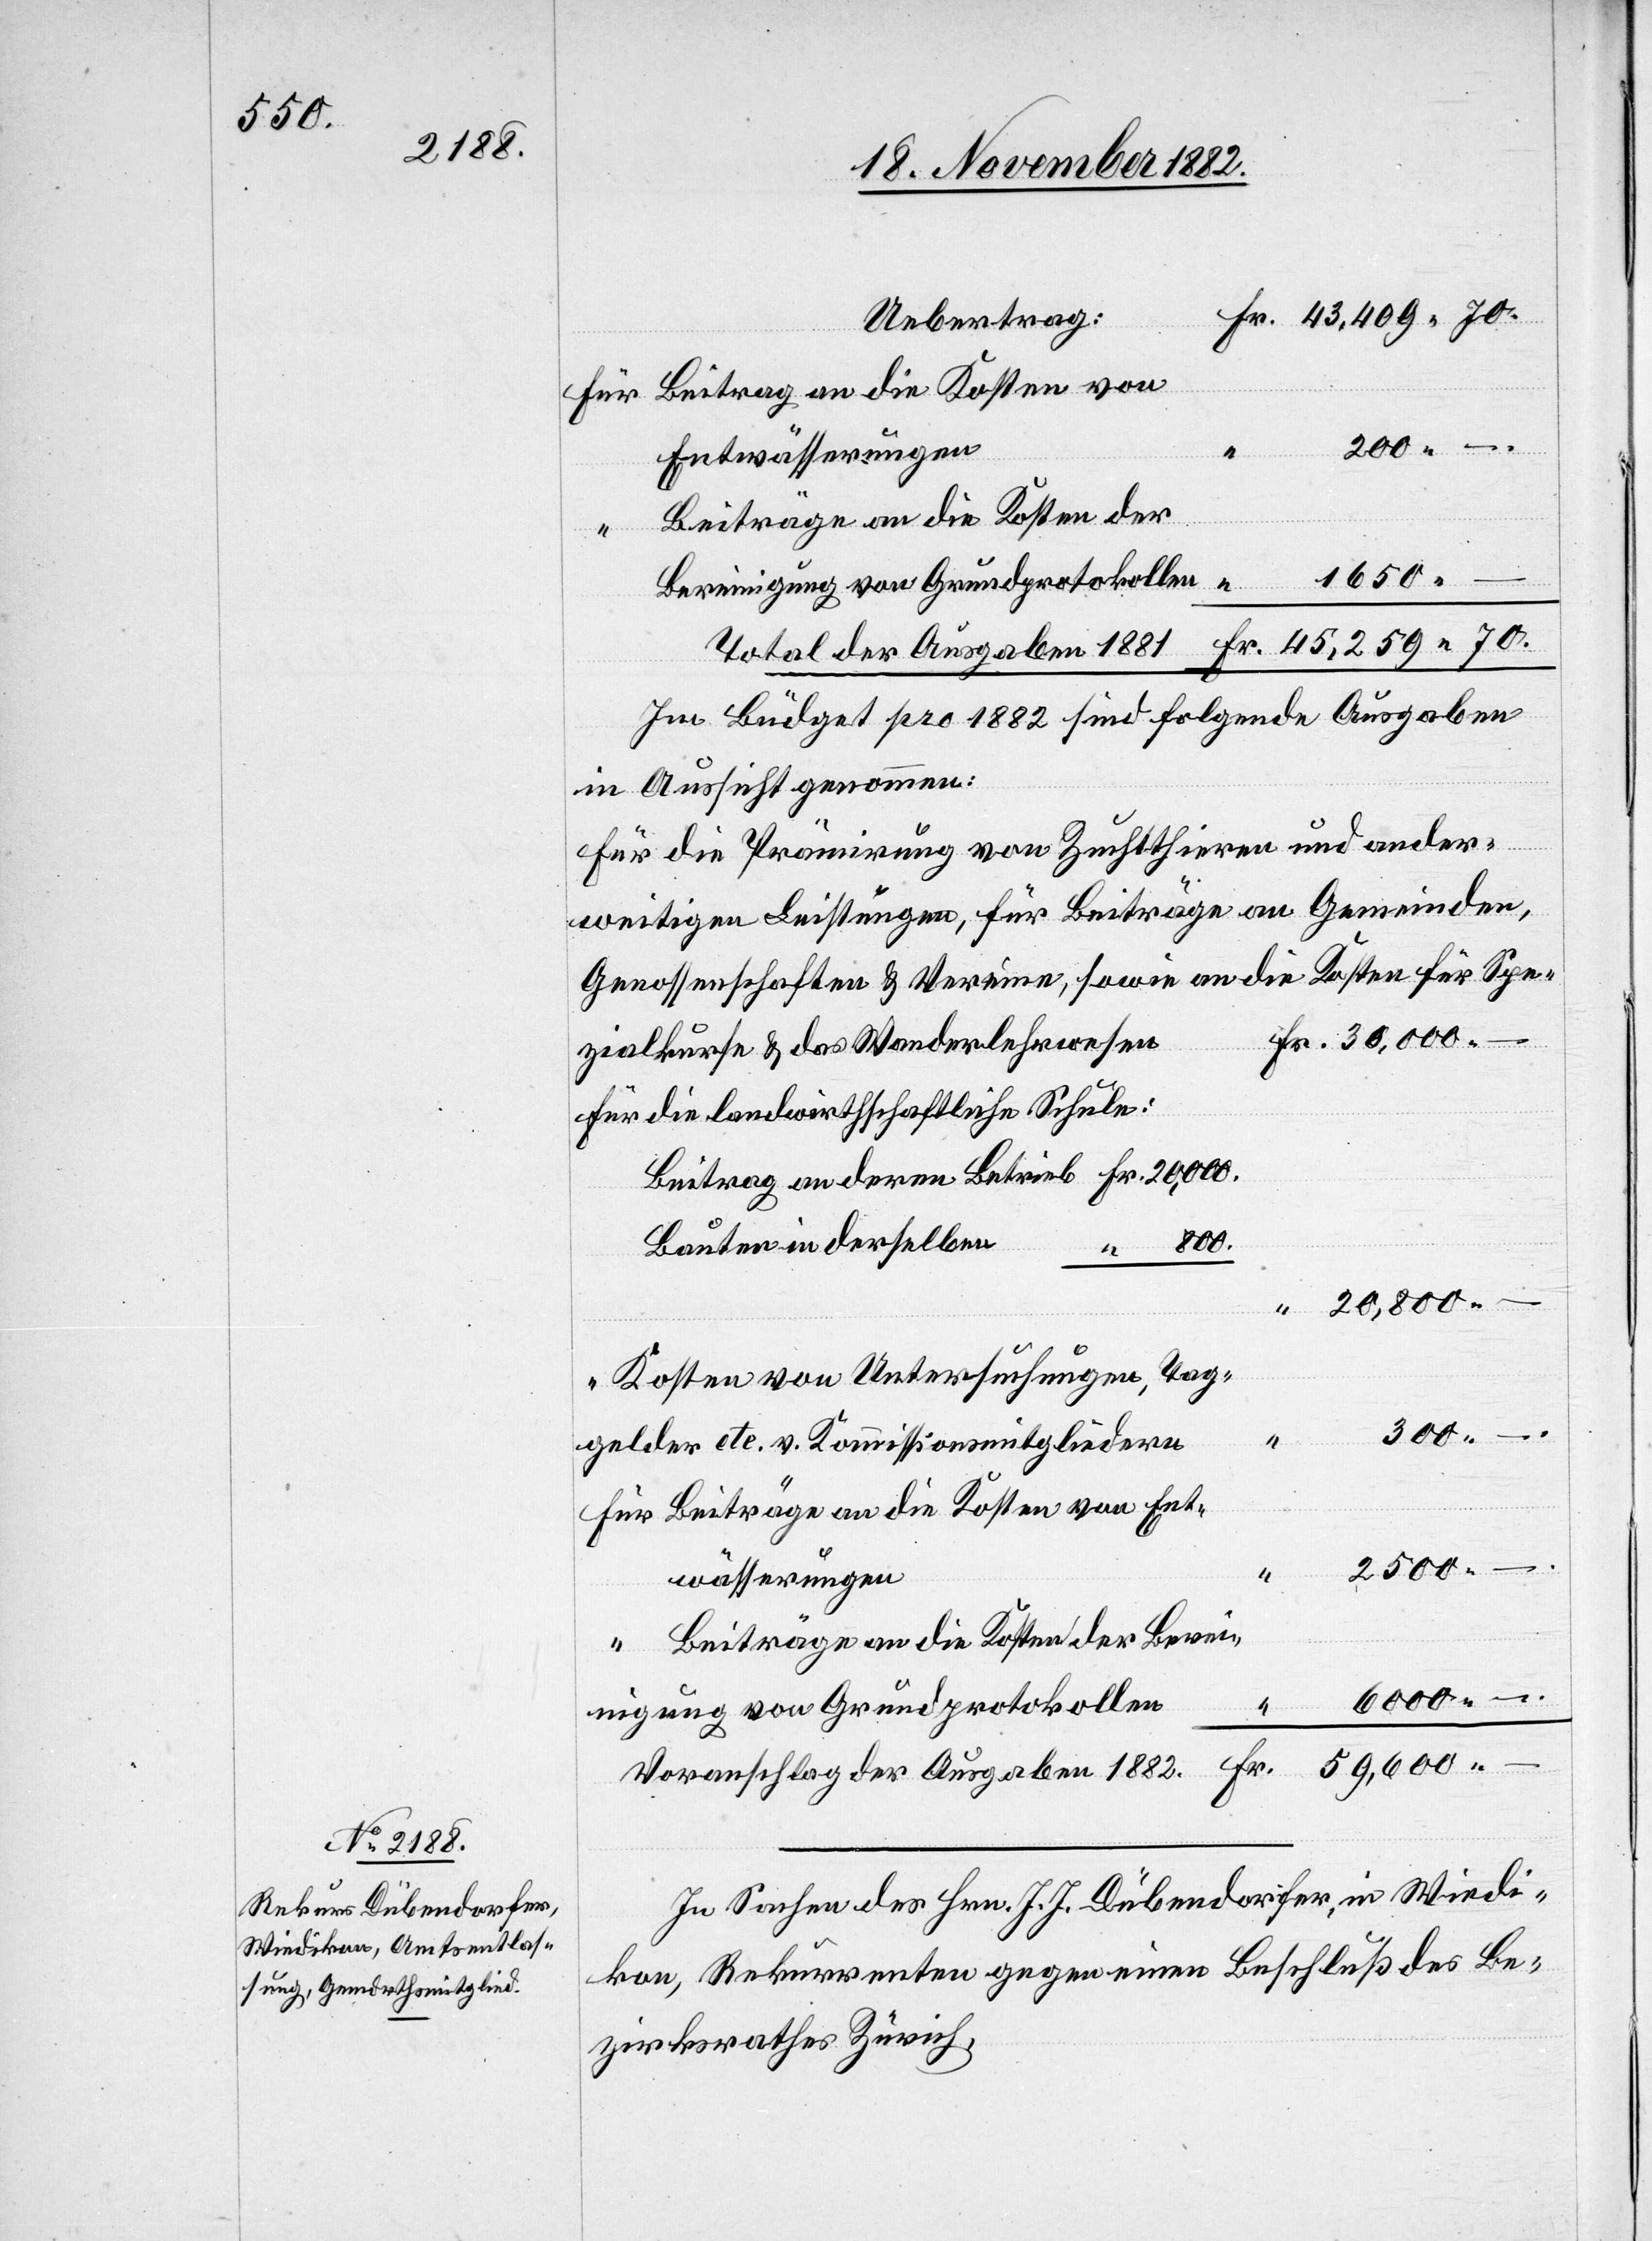
Beitrag an die Kosten von
Entwässerungen
Beiträge an die Kosten der
–.
1650
“
Bereinigung von Grundprotokollen
Total der Ausgaben 1881
Im Büdget pro 1882 sind folgende Ausgaben
in Aussicht genommen:
Für
die Prämirung von Zuchtthieren und ander¬
weitigen Leistungen, für Beiträge an Gemeinden,
Genossenschaften & Vereine, sowie an die Kosten für Spe¬
zialkurse & das Wanderlehrwesen
die landwirthschaftliche Schule:
800.
Bauten in derselben
Betrieb
–.
Kosten von Untersuchungen, Tag¬
300
geldern etc. v. Kommissionsmitgliedern
2500
“
–.
Voranschlag der Ausgaben 1882.
In Sachen des Hrn. J. J. Dübendorfer, in Wiedi¬
kon, Rekurrenten gegen einen Beschluß des Be¬
zirksrathes Zürich,